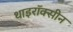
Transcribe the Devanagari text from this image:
थाइरॉक्सीन